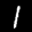
Label: 1